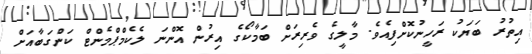
އިތުރު ބަޔަކު ރަހީނުކޮށްފިއެވެ. މާލީގެ ވެރިރަށް ބަމާކޯގެ އިރުން އޮންނަ ލެކެމްޕްމެންޓް ކަންގަބާއަށް